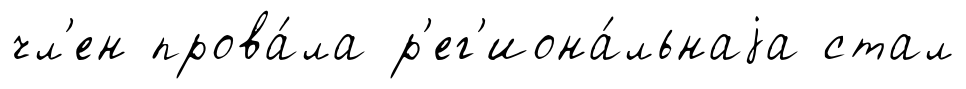
чл'ен прова́ла р'ег'иона́льнаjа стал